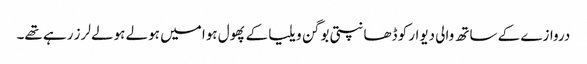
دروازے کے ساتھ والی دیوار کو ڈھانپتی بوگن ویلیا کے پھول ہوا میں ہولے ہولے لرز رہے تھے۔